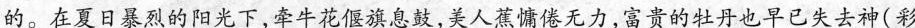
的。在夏日暴烈的阳光下，牵牛花偃旗息鼓，美人蕉慵倦无力，富贵的牡丹也早已失去神(彩